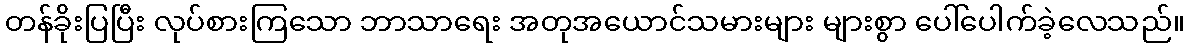
တန်ခိုးပြပြီး လုပ်စားကြသော ဘာသာရေး အတုအယောင်သမားများ များစွာ ပေါ်ပေါက်ခဲ့လေသည်။